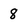
Character: 8